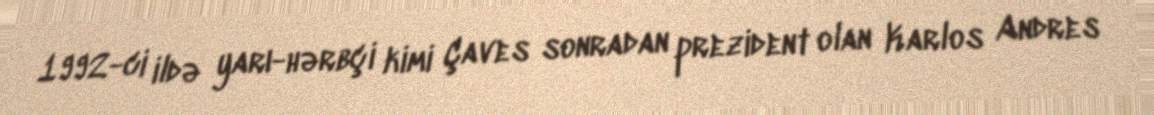
1992-ci ildə yarı-hərbçi kimi Çaves sonradan prezident olan Karlos Andres